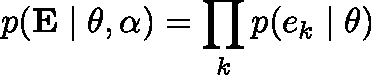
p ( \mathbf { E } \mid \mathbf { \theta } , \mathbf { \alpha } ) = \prod _ { k } p ( e _ { k } \mid \mathbf { \theta } )